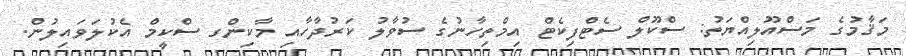
މަޤާމުގެ މަސްއޫލިއްޔަތު: ސްކޫލް ސެޓްފިކެޓް އިމްތިހާނުގެ ސުވާލު ކަރުދާހާއި މާކިންގ ސްކީމް އެކުލަވައިލުން.